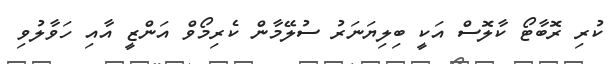
ކުރި ރޮބާޓޯ ކާލޮސް އަކީ ބިލިޔަނަރު ސުލޭމާން ކެރިމޯވް އަންޒީ އާއި ހަވާލުވި